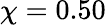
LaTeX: \chi=0.50